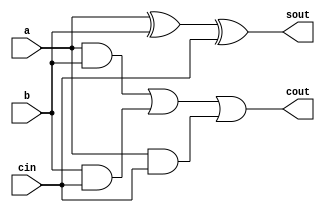
`timescale 1ns / 1ps

module full_adder(
    input a, b, cin,
    output sout, cout
    );
    assign sout = a^b^cin;
    assign cout = (a&b) | (b&cin) | (a&cin);
endmodule

module add_sub(
    input [3:0] A, B,
    input en,
    output [3:0] sdout,
    output cbout
    );
    wire [2:0]c;
    
    full_adder fa1(A[0], (B[0]^en), en, sdout[0], c[0]);
    full_adder fa2(A[1], (B[1]^en), c[0], sdout[1], c[1]);
    full_adder fa3(A[2], (B[2]^en), c[1], sdout[2], c[2]);
    full_adder fa4(A[3], (B[3]^en), c[2], sdout[3], cbout);
 
endmodule